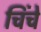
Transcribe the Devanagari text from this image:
चिंचे